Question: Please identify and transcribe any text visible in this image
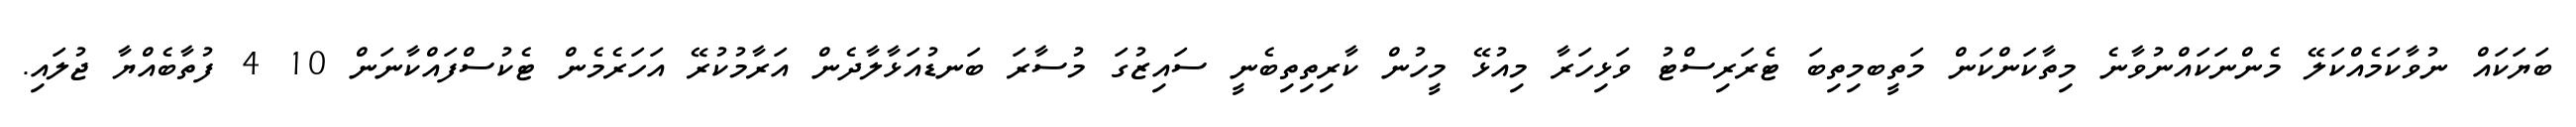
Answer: ބަޔަކައް ނުވާކަމެއްކަލޭ މެންނަކައްނުވާނެ މިތާކަންކަން މަތީބމިތިބަ ޓެރަރިސްޓު ވަޅިހަރާ މިއުޅޭ މީހުން ކާރިތިތިބެނީ ސައިޒުގަ މުސާރަ ބަނޑުއަޅާލާދެން އަރާމުކުރޭ އަހަރެމެން ޓެކުސްފައްކާނަން 10 4 ފުތާބެއްޔާ ޖުލައި.